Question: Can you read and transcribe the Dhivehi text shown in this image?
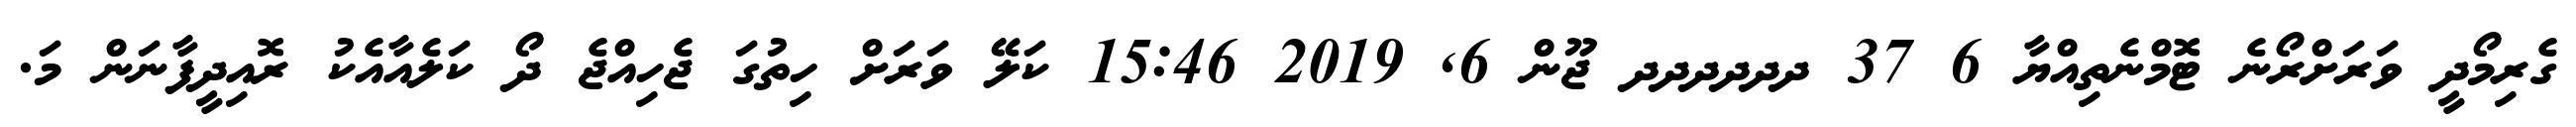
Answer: ގެރިމޯދީ ވަރަށްރޯނެ ޓޮމްނެތިއްޔާ 6 37 ދދދދދދ ޖޫން 6, 2019 15:46 ކަލޭ ވަރަށް ހިތުގަ ޖެހިއްޖެ ދޯ ކަލެއާއެކު ރޮއިދީފާނަން މަ.